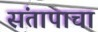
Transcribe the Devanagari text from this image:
संतापाचा